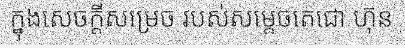
ក្នុងសេចក្តីសម្រេច របស់សម្តេចតេជោ ហ៊ុន